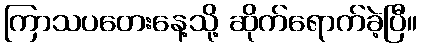
ကြာသပတေးနေ့သို့ ဆိုက်ရောက်ခဲ့ပြီ။